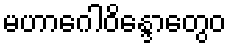
မဟာဂေါဝိန္ဒောတွေဝ